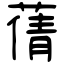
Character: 蒨